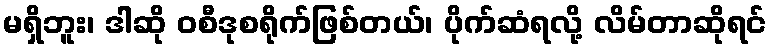
မရှိဘူး၊ ဒါဆို ဝစီဒုစရိုက်ဖြစ်တယ်၊ ပိုက်ဆံရလို့ လိမ်တာဆိုရင်